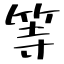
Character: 等